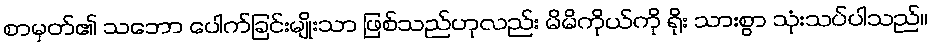
စာမှတ်၏ သဘော ပေါက်ခြင်းမျိုးသာ ဖြစ်သည်ဟုလည်း မိမိကိုယ်ကို ရိုး သားစွာ သုံးသပ်ပါသည်။